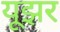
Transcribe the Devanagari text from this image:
यूझर